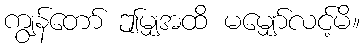
ကျွန်တော် ဤမျှအထိ မမျှော်လင့်မိ။